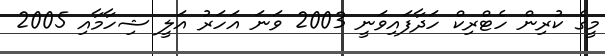
މީގެ ކުރިން ހެޓްރިކް ހަދާފައިވަނީ 2003 ވަނަ އަހަރު އަލީ ޝިހާމާއި 2005